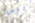
ليس